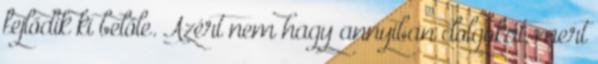
fejlődik ki belőle. Azért nem hagy annyiban dolgokat, mert